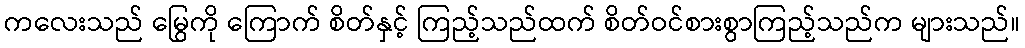
ကလေးသည် မြွေကို ကြောက် စိတ်နှင့် ကြည့်သည်ထက် စိတ်ဝင်စားစွာကြည့်သည်က များသည်။